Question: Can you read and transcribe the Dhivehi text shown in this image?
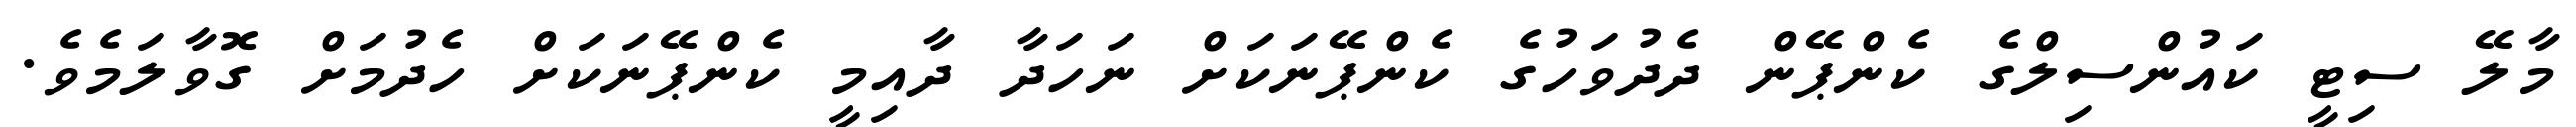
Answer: މާލޭ ސިޓީ ކައުންސިލްގެ ކެންޕޭން ދެދުވަހުގެ ކެންޕޭނަކަށް ނަހަދާ ދާއިމީ ކެންޕޭނަކަށް ހެދުމަށް ގޮވާލަމެވެ.